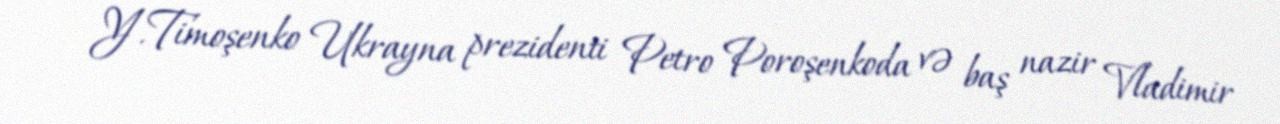
Y.Timoşenko Ukrayna prezidenti Petro Poroşenkoda və baş nazir Vladimir